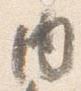
内